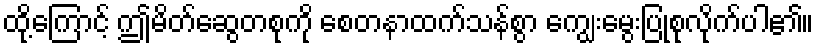
ထို့ကြောင့် ဤမိတ်ဆွေတစုကို စေတနာထက်သန်စွာ ကျွေးမွေးပြုစုလိုက်ပါ၏။